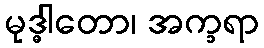
မုဒ္ဓါတော၊ အက္ခရာ